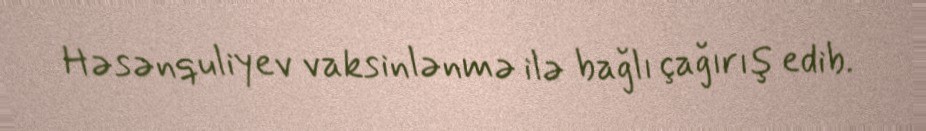
Həsənquliyev vaksinlənmə ilə bağlı çağırış edib.